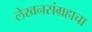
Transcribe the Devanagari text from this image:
लेखनसंग्रहाचा